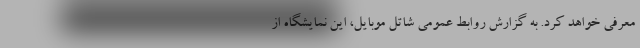
معرفی خواهد کرد. به گزارش روابط عمومی شاتل موبایل، این نمایشگاه از